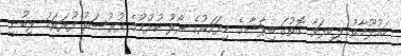
މައުލޫމާތު ލިބިފަވާ ގޮތުގަ ބިޕާޝާގެ މިފަހަރުގެ ރޯލު ކުޅުމުގެ ފުރުސަތު ފުރަތަމަ ލިބުނީ